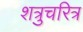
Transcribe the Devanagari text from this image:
शत्रुचरित्र